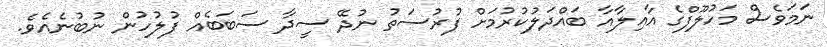
ނަމަވެސް މަހުލޫފްގެ އާއިލާއާ ބައްދަލުކުރުމަށް ފުރުސަތު ނުދޭ ސީދާ ސަބަބެއް ފުލުހުން ނުބުނެއެވެ.